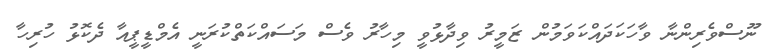
ނޫސްވެރިންނާ ވާހަކަދައްކަވަމުން ޒަމީރު ވިދާޅުވީ މިހާރު ވެސް މަސައްކަތްކުރަނީ އެމްޑީޕީއާ ދެކޮޅު ހުރިހާ